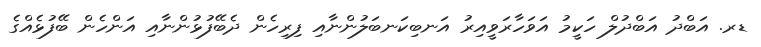
ޑރ. އަބްދު އަބްދުލް ހަކީމު އަވަހާރަވީއިރު އަނބިކަނބަލުންނާއި ފިރިހެން ދެބޭފުޅުންނާއި އަންހެން ބޭފުޅެއްގެ